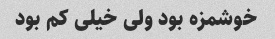
خوشمزه بود ولی خیلی کم بود